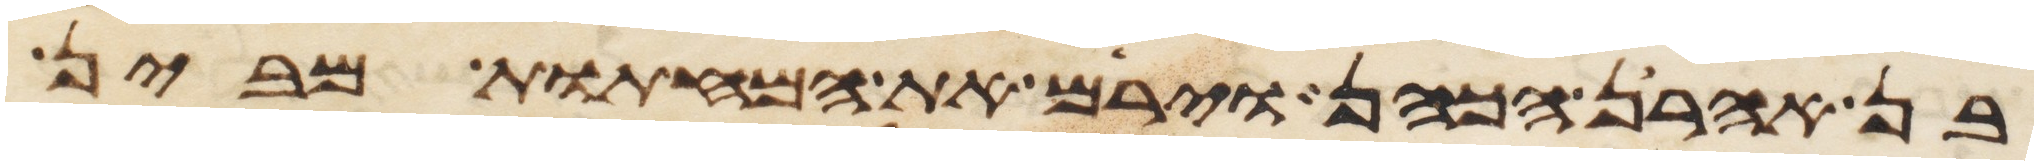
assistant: בן אהרן הכהן וירם את המחתות מבין